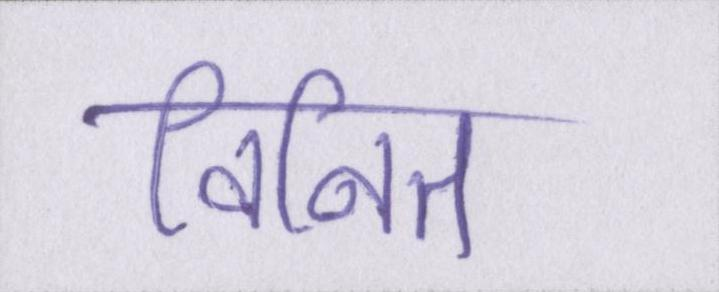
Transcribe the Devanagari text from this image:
विनित